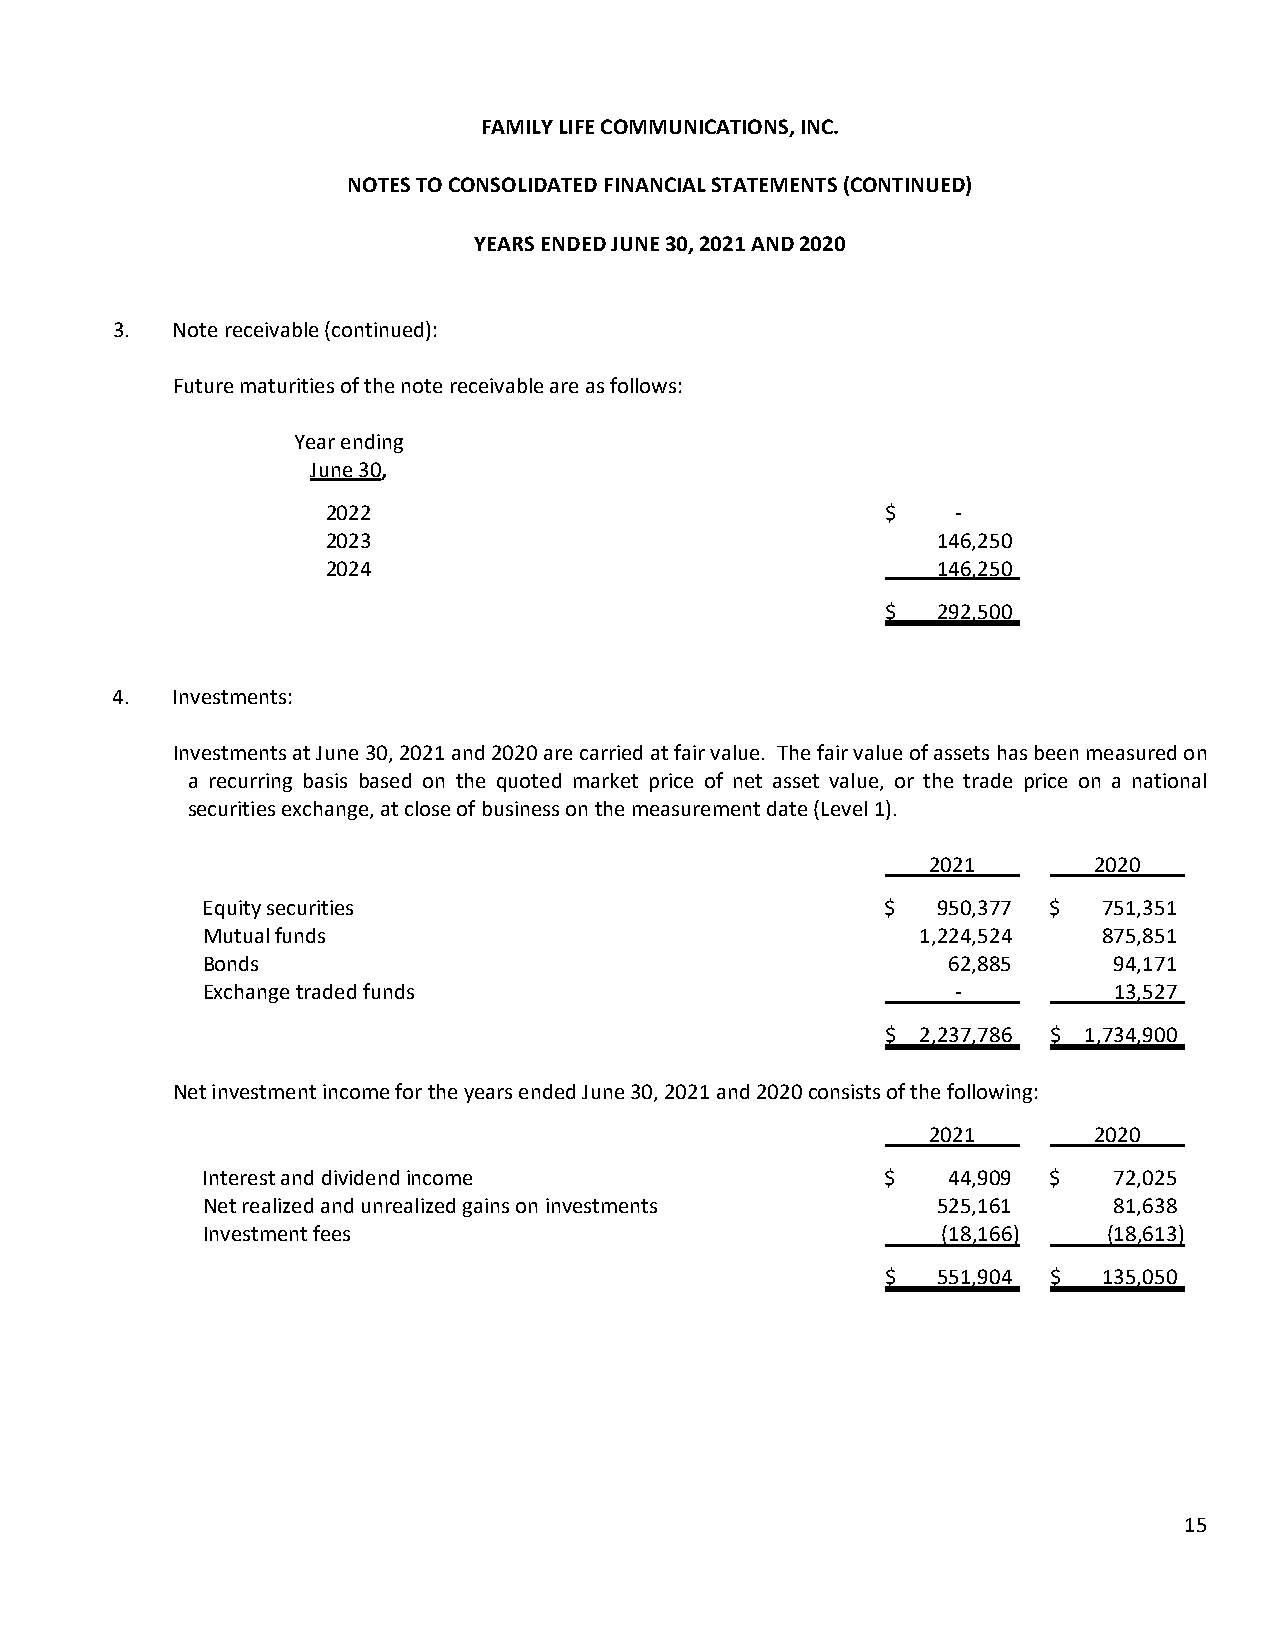
FAMILY LIFE COMMUNICATIONS, INC.
 NOTES TO CONSOLIDATED FINANCIAL STATEMENTS (CONTINUED)
 YEARS ENDED JUNE 30, 2021 AND 2020
 3.  Note receivable (continued):
 Future maturities of the note receivable are as follows:
 Year ending
 June 30,
 2022                                 $   ‐
 2023                                    146,250
 2024                                    146,250
 $  292,500
 4.  Investments:
 Investments at June 30, 2021 and 2020 are carried at fair value. The fair value of assets has been measured on
 a recurring basis based on the quoted market price of net asset value, or the trade price on a national
 securities exchange, at close of business on the measurement date (Level 1).
 2021      2020
 Equity securities                             $  950,377 $  751,351
 Mutual funds                                    1,224,524   875,851
 Bonds                                             62,885     94,171
 Exchange traded funds                             ‐          13,527
 $ 2,237,786 $ 1,734,900
 Net investment income for the years ended June 30, 2021 and 2020 consists of the following:
 2021      2020
 Interest and dividend income                  $   44,909 $   72,025
 Net realized and unrealized gains on investments 525,161     81,638
 Investment fees                                  (18,166)   (18,613)
 $  551,904 $  135,050
 15